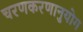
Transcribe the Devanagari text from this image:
चरणकरणानुयोग